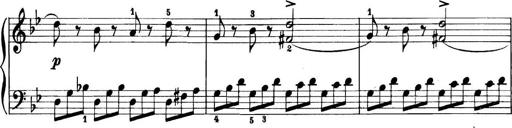
Title: 11 Sonatinas
Composer: Anton Diabelli